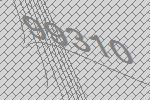
99310